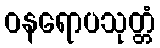
ဝနရောပသုတ္တံ